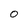
Character: 0